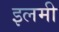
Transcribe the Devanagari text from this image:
इलमी